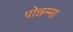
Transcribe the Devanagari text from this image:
पोन्नम्मा